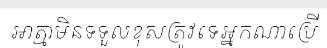
អាត្មាមិនទទួលខុសត្រូវទេអ្នកណាប្រើ